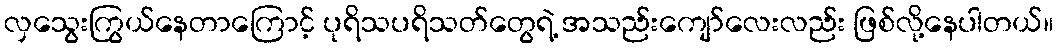
လှသွေးကြွယ်နေတာကြောင့် ပုရိသပရိသတ်တွေရဲ့ အသည်းကျော်လေးလည်း ဖြစ်လို့နေပါတယ်။